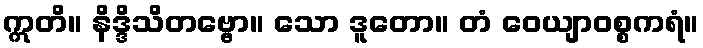
ဣတိ။ နိဒ္ဒိသိတဗ္ဗော။ သော ဒူတော။ တံ ဝေယျာဝစ္စကရံ။